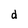
Character: d